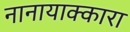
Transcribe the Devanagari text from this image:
नानायाक्कारा